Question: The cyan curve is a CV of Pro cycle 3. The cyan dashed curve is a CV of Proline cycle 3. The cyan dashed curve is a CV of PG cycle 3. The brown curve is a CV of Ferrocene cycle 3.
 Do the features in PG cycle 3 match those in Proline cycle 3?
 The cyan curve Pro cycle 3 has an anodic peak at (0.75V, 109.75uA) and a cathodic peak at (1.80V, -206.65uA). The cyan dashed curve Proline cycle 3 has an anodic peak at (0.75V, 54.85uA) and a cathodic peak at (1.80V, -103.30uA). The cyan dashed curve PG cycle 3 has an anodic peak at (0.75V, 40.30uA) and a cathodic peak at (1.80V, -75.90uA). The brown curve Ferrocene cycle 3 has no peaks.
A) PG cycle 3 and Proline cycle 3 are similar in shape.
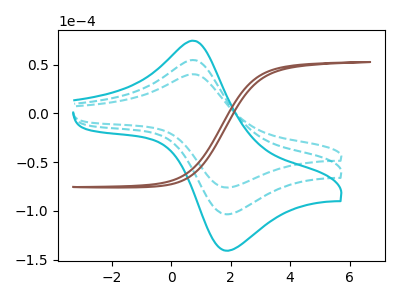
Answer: <think>All the peaks in "PG cycle 3" have a peak in "Proline cycle 3" at the same potential. Every peak in "PG cycle 3" is lower than every peak in "Proline cycle 3".
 </think>
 <answer>A) "PG cycle 3" and "Proline cycle 3" are similar in shape.</answer>
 <eval>A</eval>